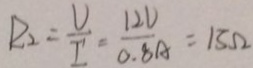
R _ { 2 } = \frac { U } { I } = \frac { 1 2 V } { 0 . 8 A } = 1 3 \Omega